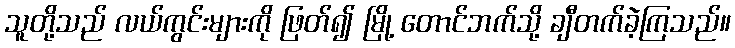
သူတို့သည် လယ်ကွင်းများကို ဖြတ်၍ မြို့ တောင်ဘက်သို့ ချီတက်ခဲ့ကြသည်။